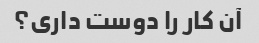
آن کار را دوست داری؟